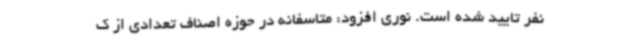
نفر تایید شده است. نوری افزود: متاسفانه در حوزه اصناف تعدادی از ک